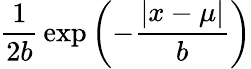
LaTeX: {\frac{1}{2b}}\exp\left(-{\frac{|x-\mu|}{b}}\right)